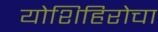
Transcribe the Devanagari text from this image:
योशिहिरोचा